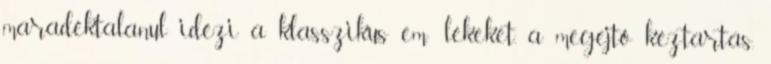
maradéktalanul idézi a klasszikus em- lékeket, a megejtő kéztartás,